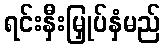
ရင်းနှီးမြှုပ်နှံမည်